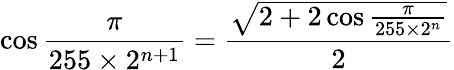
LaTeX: \cos{\frac{\pi}{255\times 2^{n+1}}}={\frac{\sqrt{2+2\cos{\frac{\pi}{255\times 2^{n}}}}}{2}}